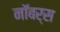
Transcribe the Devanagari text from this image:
नॉबर्स